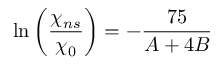
\ln \left( \frac { \chi _ { n s } } { \chi _ { 0 } } \right) = - \frac { 7 5 } { A + 4 B }